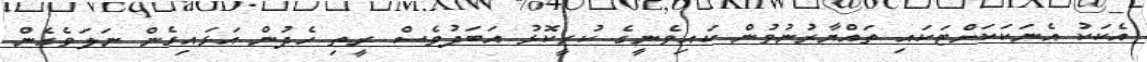
އެކަކު އެނަކަކަށްޓަކައި ތައްޔާރުނުވުން ކައިވެނީގެ ކުރީކޮޅު އަބަދުވެސް ރީތި ހެދުން އަޅައިގެން ނަލަވެގެން